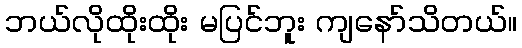
ဘယ်လိုထိုးထိုး မပြင်ဘူး ကျနော်သိတယ်။